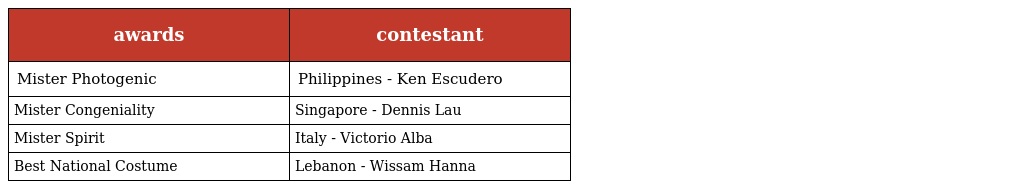
| awards | contestant |
 | --- | --- |
 | Mister Photogenic | Philippines - Ken Escudero |
 | Mister Congeniality | Singapore - Dennis Lau |
 | Mister Spirit | Italy - Victorio Alba |
 | Best National Costume | Lebanon - Wissam Hanna |